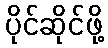
ပိုင်ဆိုင်ဖို့